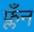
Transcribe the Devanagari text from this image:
फ्लँन